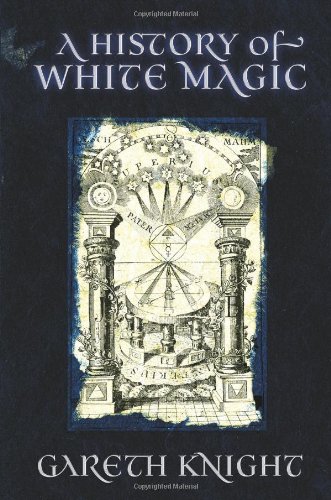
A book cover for A History of White Magic; Gareth Knight; Religion & Spirituality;